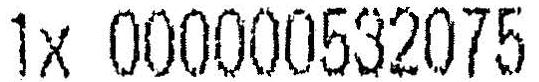
1X 000000532075